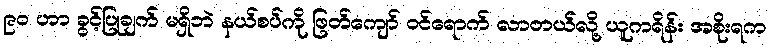
၉ဝ ဟာ ခွင့်ပြုချက် မရှိဘဲ နယ်စပ်ကို ဖြတ်ကျော် ဝင်ရောက် လာတယ်လို့ ယူကရိန်း အစိုးရက